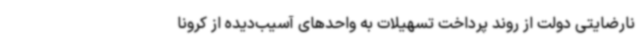
نارضایتی دولت از روند پرداخت تسهیلات به واحدهای آسیب‌دیده از کرونا